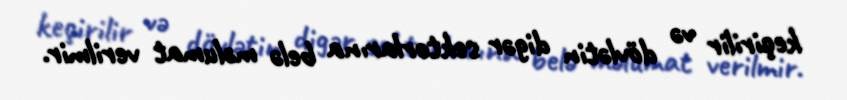
keçirilir və dövlətin digər sektorlarına belə məlumat verilmir.